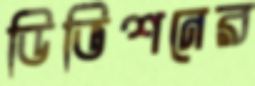
ডিভিশনের